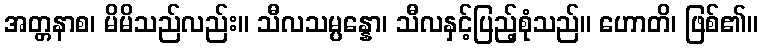
အတ္တနာစ၊ မိမိသည်လည်း။ သီလသမ္ပန္နော၊ သီလနှင့်ပြည့်စုံသည်။ ဟောတိ၊ ဖြစ်၏။